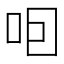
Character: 𠰸